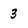
Character: 3